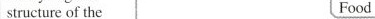
structure of the Food